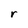
Character: r